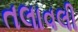
તલાવલી